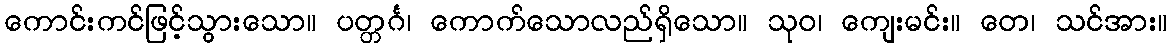
ကောင်းကင်ဖြင့်သွားသော။ ပတ္တင်္ဂ၊ ကောက်သောလည်ရှိသော။ သုဝ၊ ကျေးမင်း။ တေ၊ သင်အား။